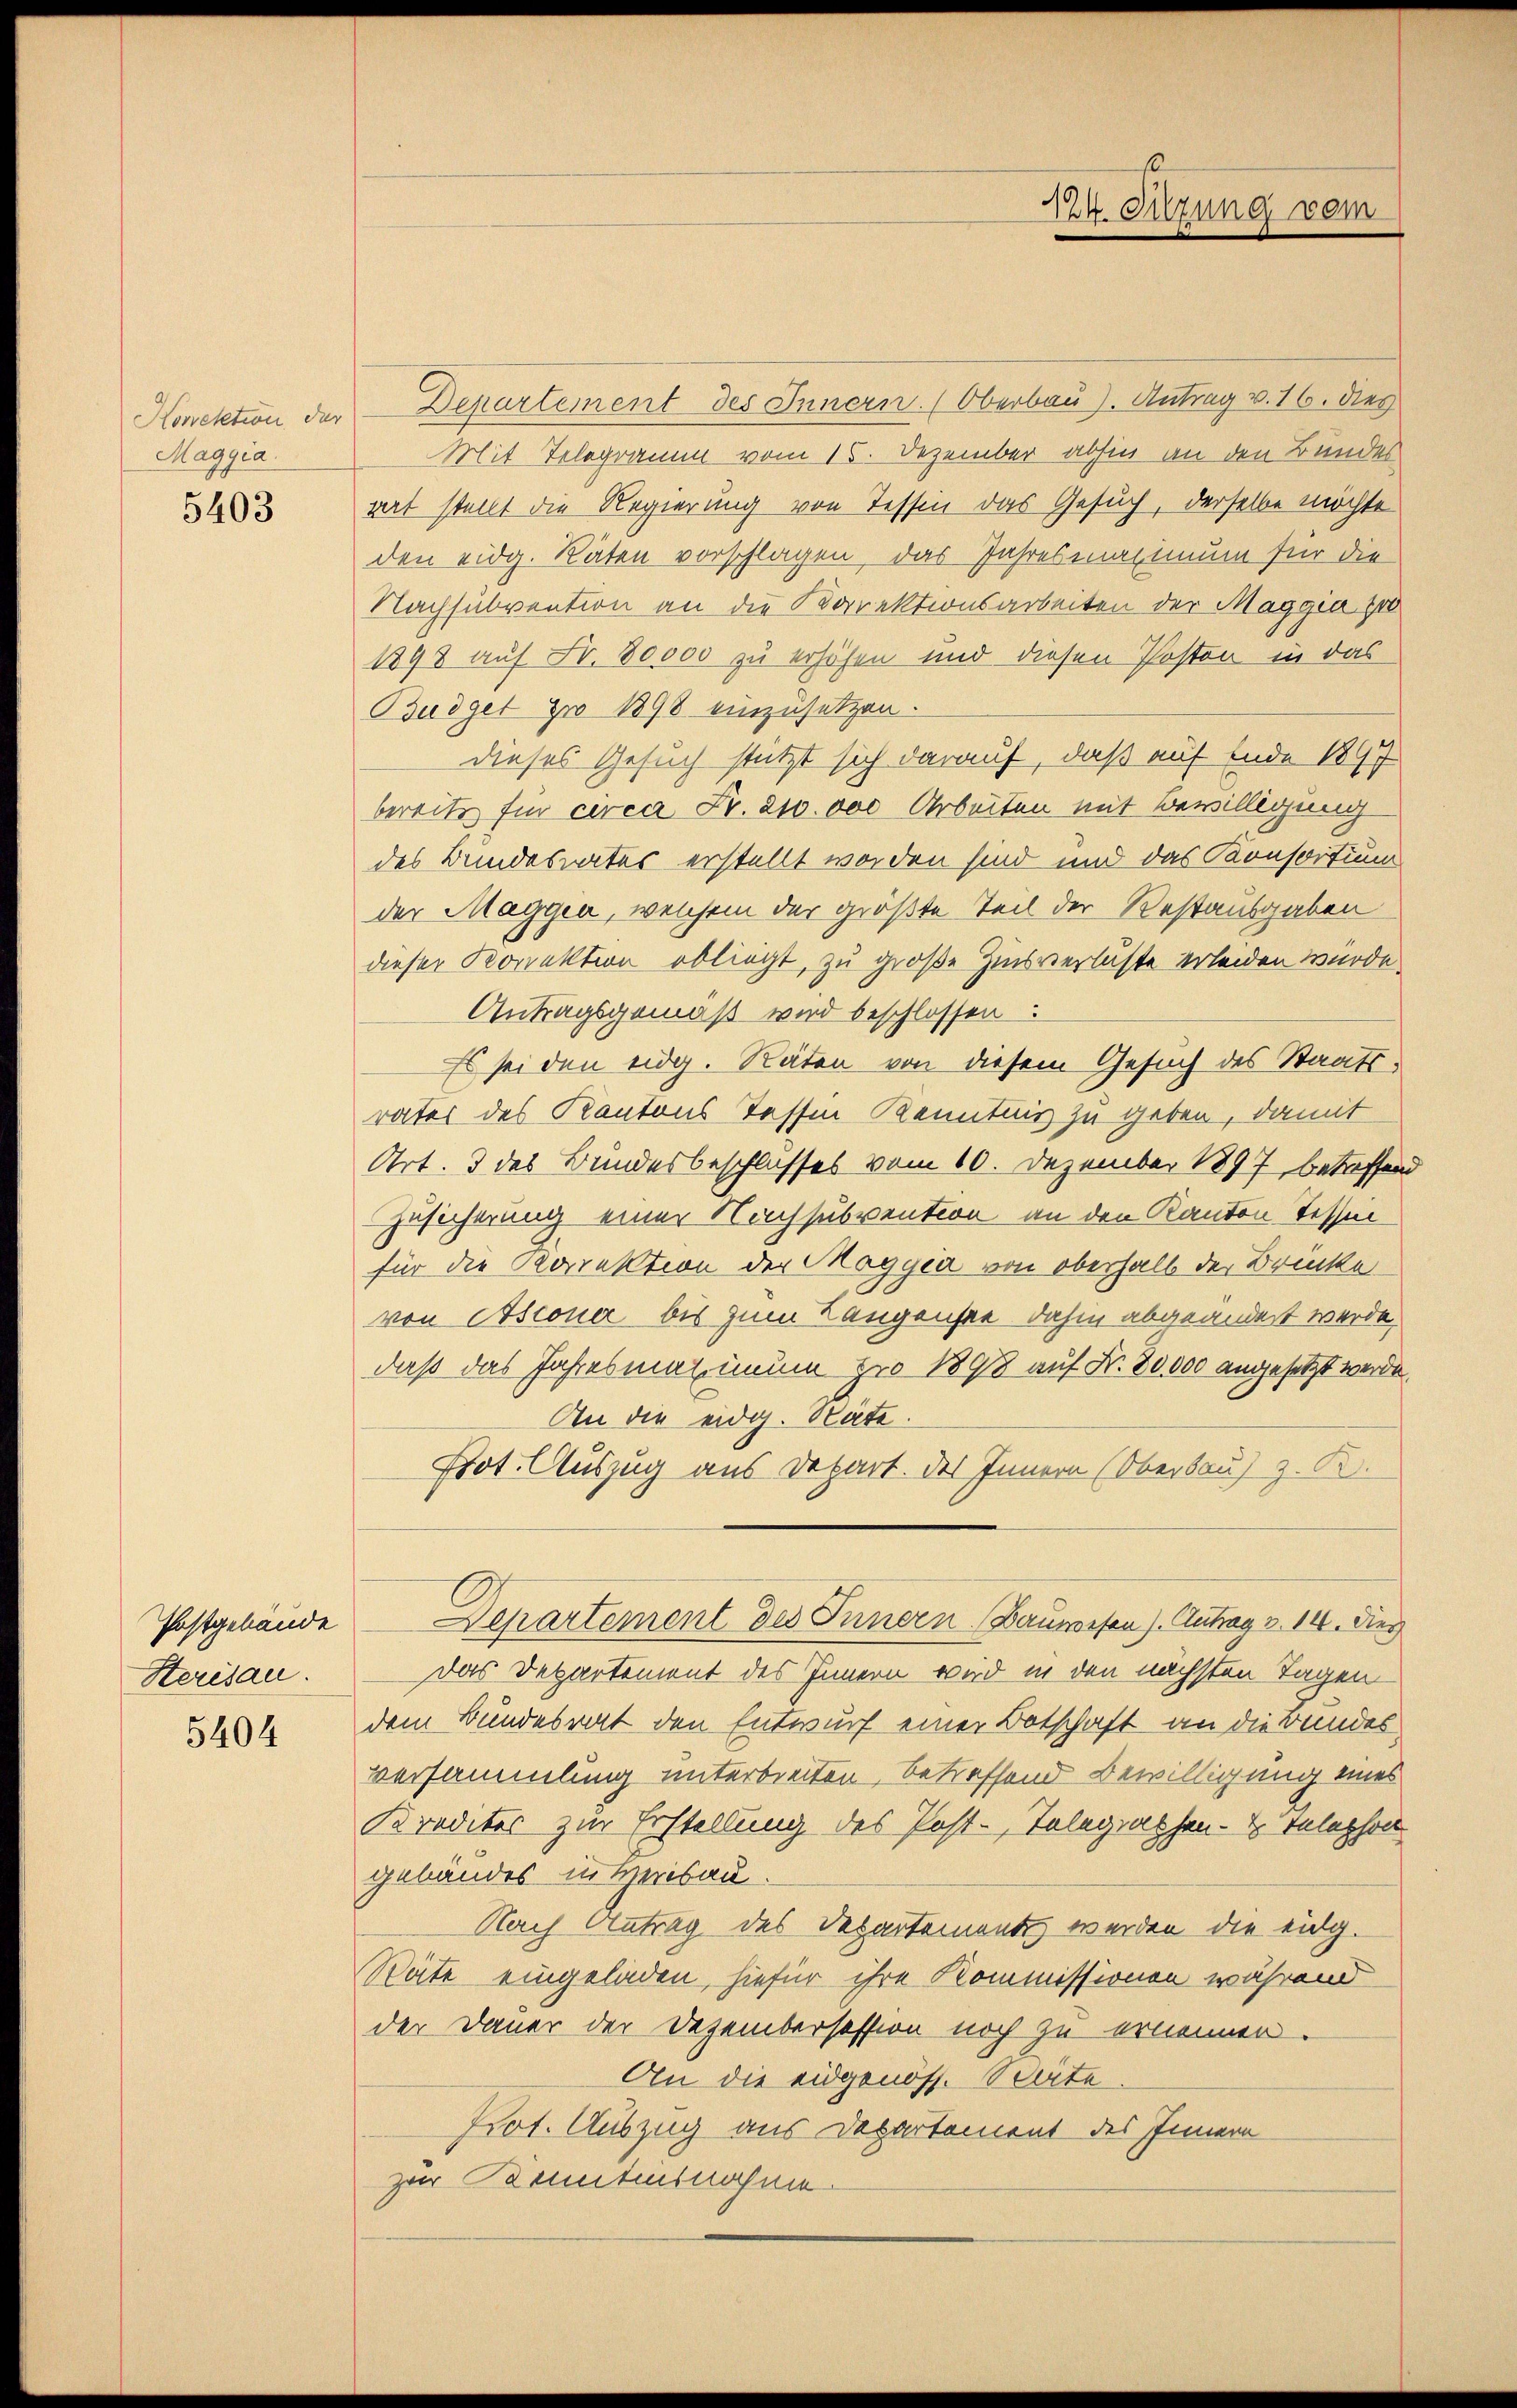
Korektion der
Maggia.

5403

Postgebäude
Sterisau.

5404

Departement des Innern. (Oberbau). Antrag v. 16. dies
Mit Telegramm vom 15. Dezember abhin an den Bundes
gert stant die Regierung von Tessin das Gesuch, derselbe möchte
den eidg. Räten vorschlagen, das Jahresiagium für die
Nachsubvention an die Porektionsarbeiten der Maggia 180
1898 auf Fr. 80000 zu erhöhen und diesen Posten in das
Budget pro 1898 einzusetzen.
dieses Gesuch stützt sich darauf, daß auf Ende 1897
bereits für circa Fr. 210.000 Arbeiten mit Bewilligung
des Bundesrates erstellt worden sind und das Konsortium
der Maggen, welchem der größte Teil der Restausgaben
dieser Korrektion obliegt, zu große Zinsverluste erleiden wurde.
Antragsgemäß wird beschlossen:
Es sei den eidg. Räten von diesem Gesuch des Staatsrates des Kantons Tessin Kenntnis zu geben, damit
Art. 3 des Bundesbeschlusses vom 10. Dezember 1897 betreffen
Zusicherung einer Nachsubvention an den Kanton Tessin
für die Korrektion der Maggia von oberhalb der Brücke
von Astone bis zum Langenste dahin abgeändert werde.
daß das Jahresmal unum pro 1898 auf Fr. 80000 angesetzt werde.
An die eidg. Räte.
Prot. Auszug aus Depart. des Innern (Oberbaus z. B.
Departement des Innern (Bauwesen). Antrag v. 14. Dies
Das Departement des Innern wird in den nächsten Tagen
dem Bundesrat den Entwurf einer Botschaft an die Bundes
versammlung unterbreiten, betreffend Bewilligung eines
Kredites zur Erstellung des Post-Telegraphen- & Telephon
gebäudes in Herisau.
Nach Antrag des Departement werden die eidg.
Späte eingeladen, hiefür ihre Kommissionen während
der Dauer der Dezembersession noch zu ernennen.
An die eidgenöss. Sorte
Prot. Auszug aus Departement des Innern
zur Kantensnahme.

s
Ak. Sitzung vom